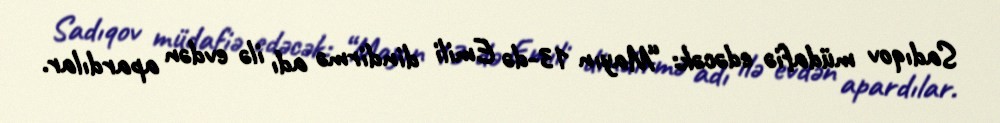
Sadıqov müdafiə edəcək: “Mayın 13-də Emili dindirmə adı ilə evdən apardılar.